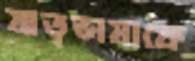
মাতৃভাষাকে